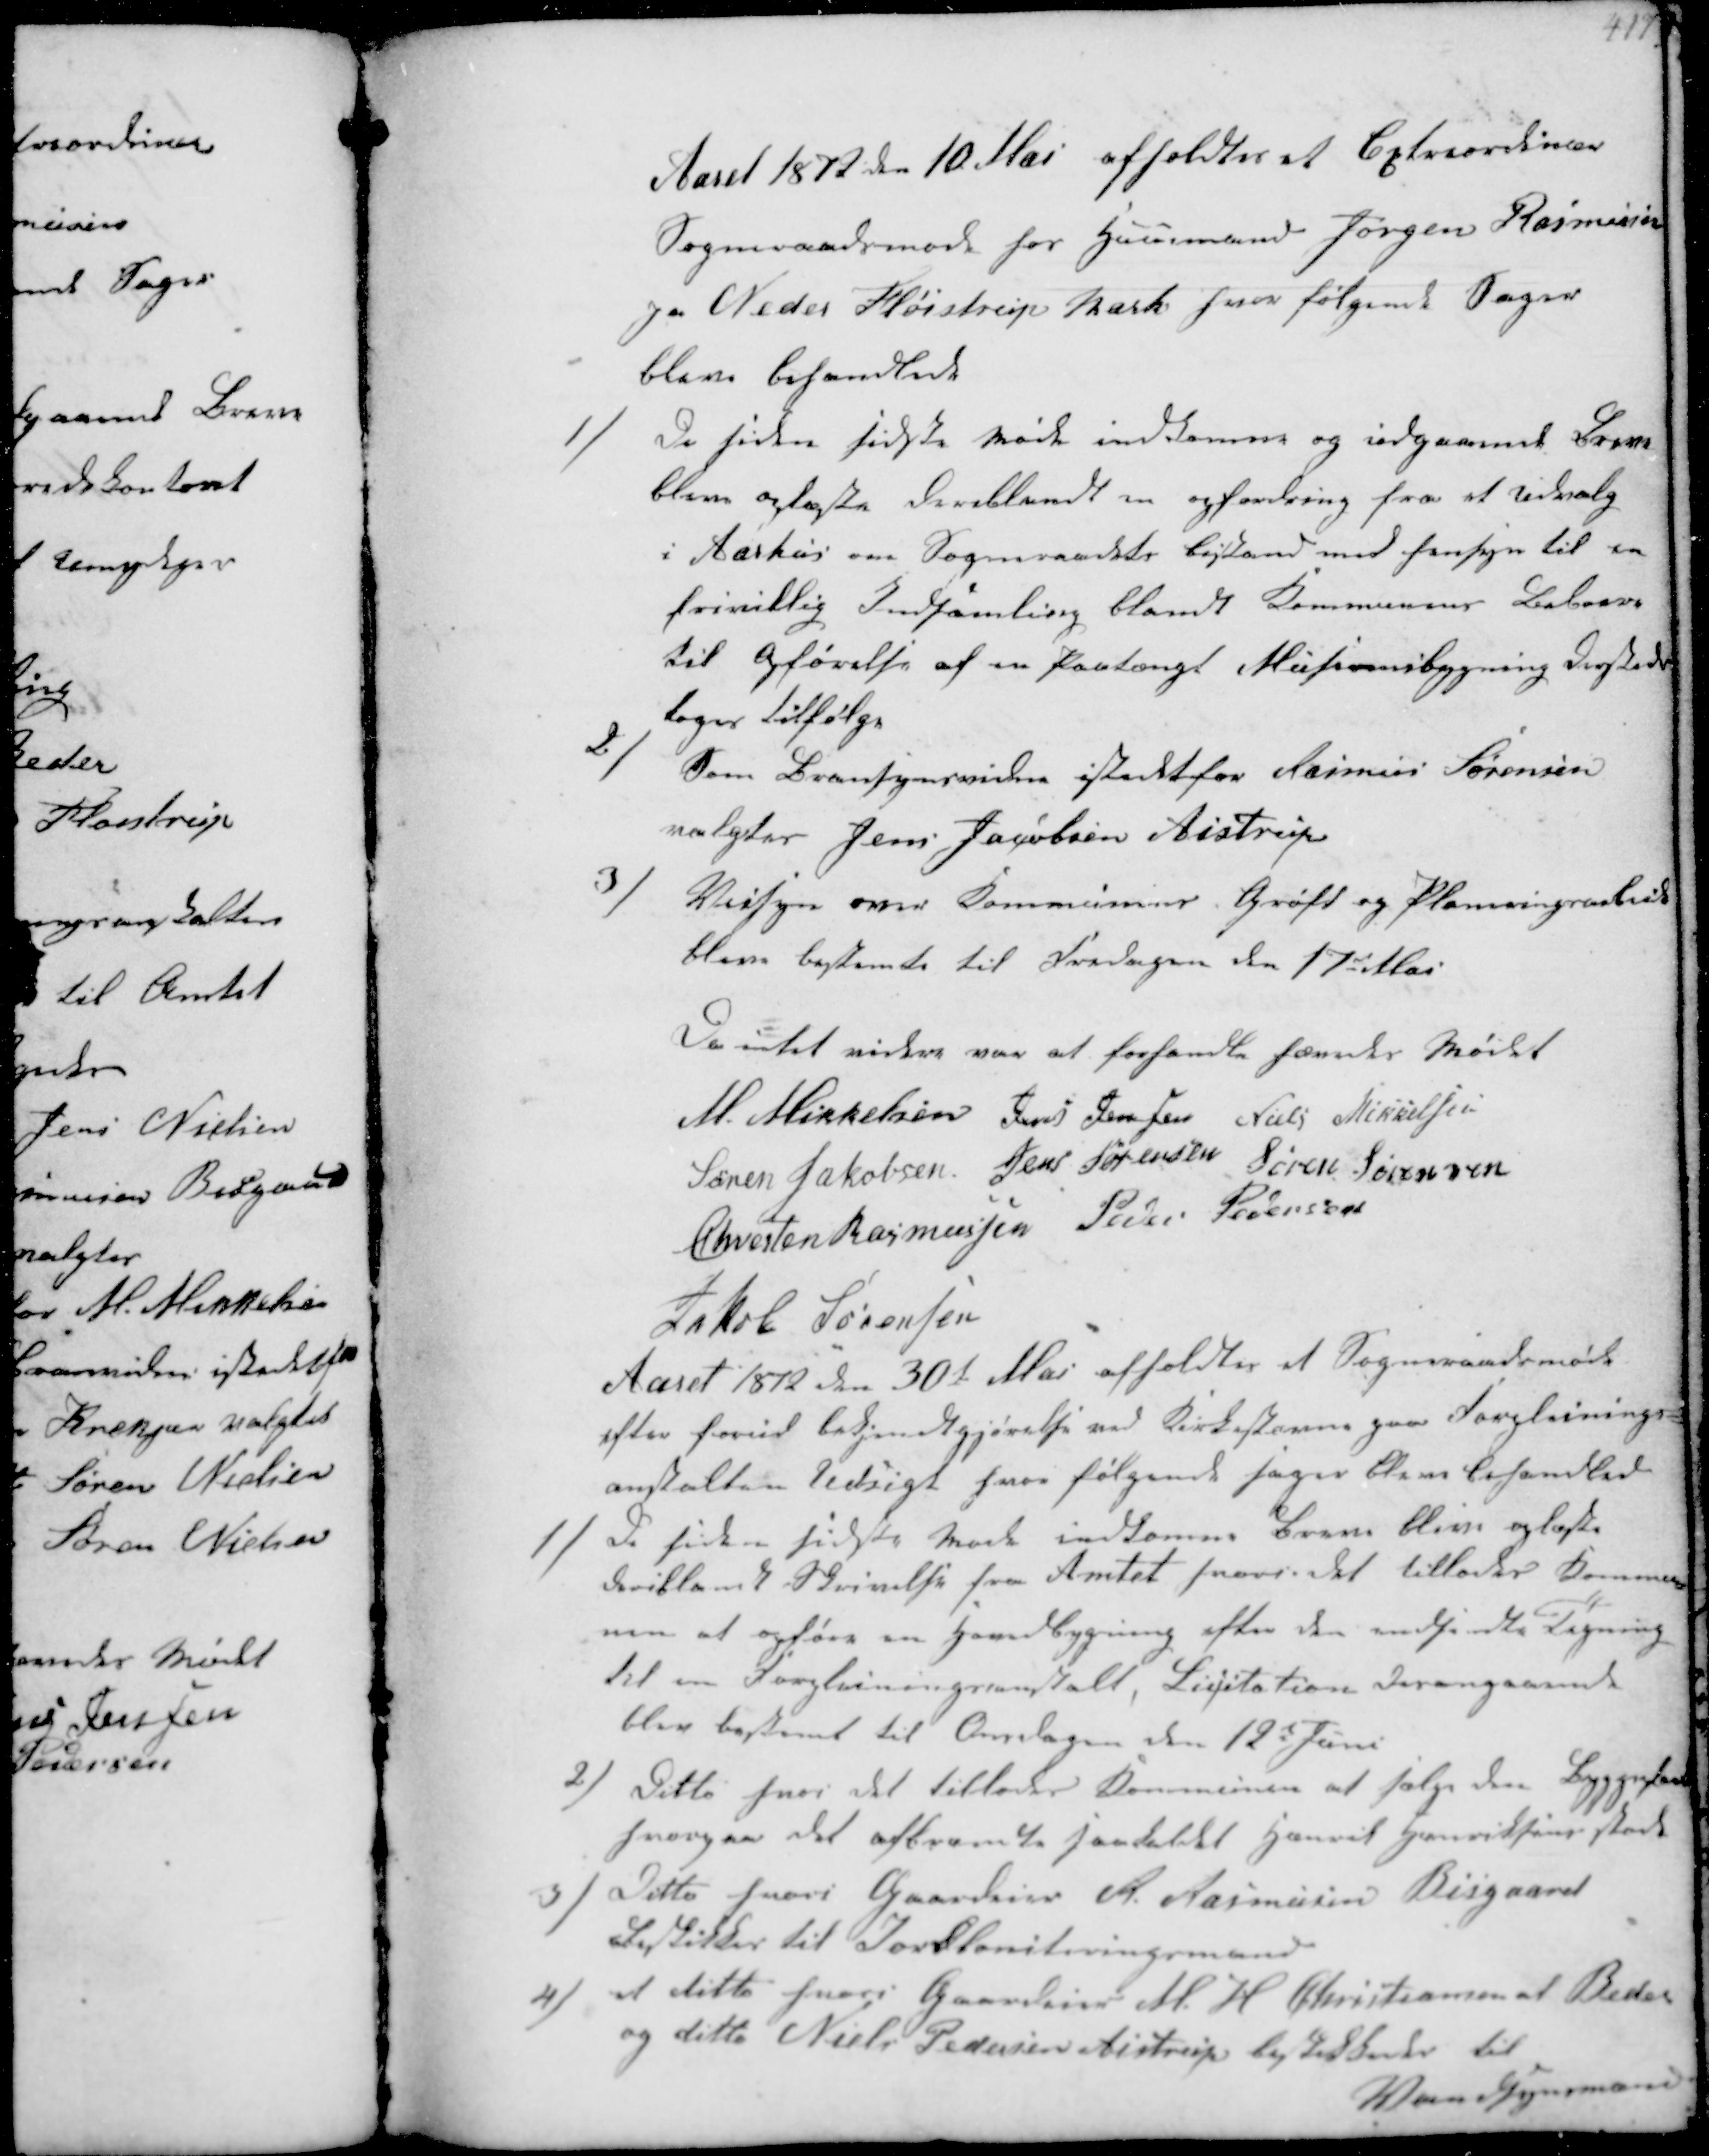
Transskription:
Aaret 1872 den 10 Mai afholdtes et Extraordinær
Sogneraadsmøde hos Huusmand Jørgen Rasmussen
paa Neder Fløistrup Mark hvor følgende Sager
bleve behandlede

1/
De siden sidste Møde indkomne og udgaaende Breve
bleve oplæste deriblandt en opfordring fra et udvalg
i Aarhus om Sogneraadets Bistand med hensyn til en
frivillig Indsamling blandt Kommunens Beboere
til Opførelse af en paatængt Museumsbygning dersteds
tages tilfølge

2/
Som Bransynsvidne istedet for Rasmus Sørensen
valgtes Jens Jacobsen Aistrup

3/
Veisyn over Communens Grøft og Planeringsarbeide
bleve bestemte til Fredagen den 17de Mai
Da intet videre var at forhandle hævedes Mødet
M. Mikkelsen Jens Jensen Niels Mikkelsen
Søren Jakobsen Jens Sørensen Søren Sørensen
Chresten Rasmussen Peder Pedersen
Jakob Sørensen

Aaret 1812 den 30te Mai afholdtes et Sogneraadsmøde.
efter forud bekjendtgjørelse ved Kirkestævne paa Forpleinings-
anstalten Udsigt hvor følgende sager bleve behandlede

1/
De siden sidste Møde indkomne Breve bleve oplæste
deriblandt Skrivelse fra Amtet hvori det tillader Kommu-
nen at opføre en Hovedbygning efter den indsendte Tegning
til en Forpleiningsanstalt, Licitation desangaaende
blev bestemt til Onsdagen den 12te Juni
2/
Ditto hvor det tillades Kommunen at sælge den Byggeplads
hvorpaa det afbrændte saakaldt Henrik Henriksens stod
3/
Ditto hvori Gaardeier A. Rasmusen Bisgaard
Beskikkes til Jordboniteringsmand
4/
et ditto hvori Gaardeier M. H. Christiansen af Beder
og ditto Niels Pedersen Aistrup beskikkedes til
Vandsynsmænd